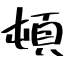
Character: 頓